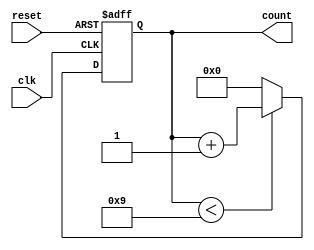
module bcd_counter (
    input wire clk,       // Clock signal
    input wire reset,     // Asynchronous reset signal
    output reg [3:0] count // 4-bit output for BCD count
);

// Always block triggered on the rising edge of the clock or when reset is asserted
always @(posedge clk or posedge reset) begin
    if (reset) begin
        count <= 4'b0000; // Reset count to 0
    end else begin
        if (count < 4'b1001) begin
            count <= count + 1; // Increment count
        end else begin
            count <= 4'b0000; // Reset count to 0 after reaching 9
        end
    end
end

endmodule